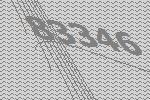
83346